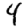
Digit: 4